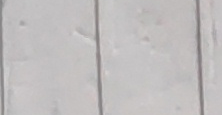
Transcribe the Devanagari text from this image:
मयजु र को टकमा